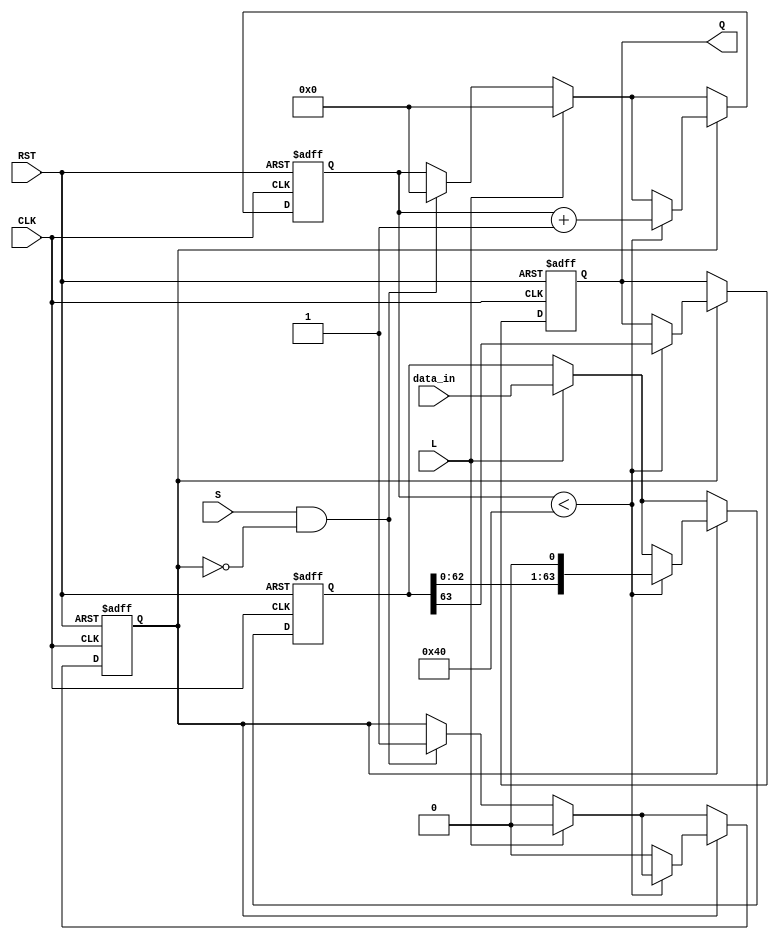
module piso_register (
    input wire [63:0] data_in,  // 64-bit parallel input data
    input wire L,                // Load control signal
    input wire S,                // Shift control signal
    input wire CLK,              // Clock signal
    input wire RST,              // Asynchronous reset signal
    output reg Q                 // Serial output
);

    reg [63:0] storage;          // Internal storage for 64-bit data
    reg [5:0] bit_count;         // Counter for tracking the number of bits shifted out
    reg shifting;                // Flag to indicate if shifting is in progress

    always @(posedge CLK or posedge RST) begin
        if (RST) begin
            storage <= 64'b0;    // Clear the storage on reset
            Q <= 1'b0;           // Clear output
            bit_count <= 6'b0;   // Reset bit counter
            shifting <= 1'b0;     // Reset shifting flag
        end else begin
            if (L) begin
                storage <= data_in; // Load data into storage on Load signal
                bit_count <= 6'b0;   // Reset bit counter after loading
                shifting <= 1'b0;     // Reset shifting flag
            end else if (S && !shifting) begin
                shifting <= 1'b1;     // Start shifting
                bit_count <= 6'b0;     // Reset bit counter
            end

            if (shifting) begin
                if (bit_count < 64) begin
                    Q <= storage[63];  // Output the MSB
                    storage <= {storage[62:0], 1'b0}; // Shift left
                    bit_count <= bit_count + 1; // Increment bit counter
                end else begin
                    shifting <= 1'b0;  // Stop shifting when all bits are shifted out
                end
            end
        end
    end

endmodule